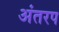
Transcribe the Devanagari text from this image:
अंतरप